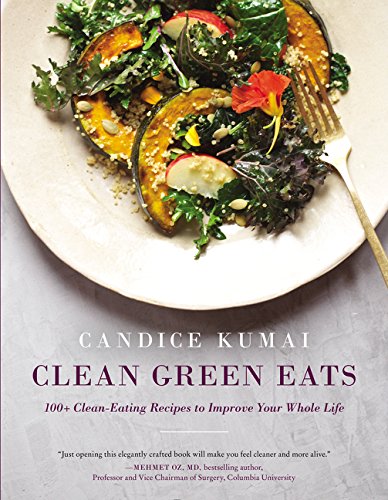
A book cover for Clean Green Eats: 100+ Clean-Eating Recipes to Improve Your Whole Life; Candice Kumai; Cookbooks, Food & Wine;